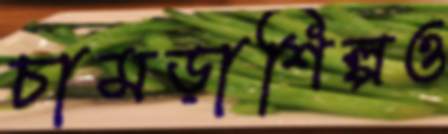
চামড়াশিল্পও